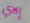
إلاي